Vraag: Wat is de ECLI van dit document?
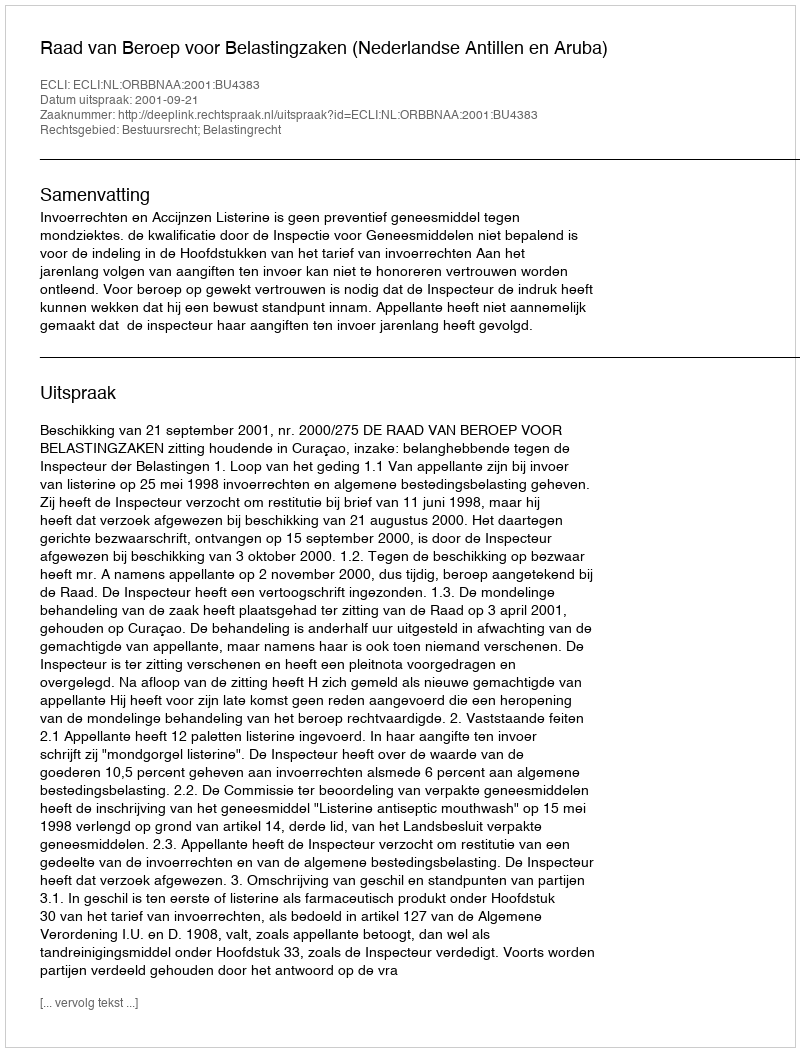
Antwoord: ECLI:NL:ORBBNAA:2001:BU4383